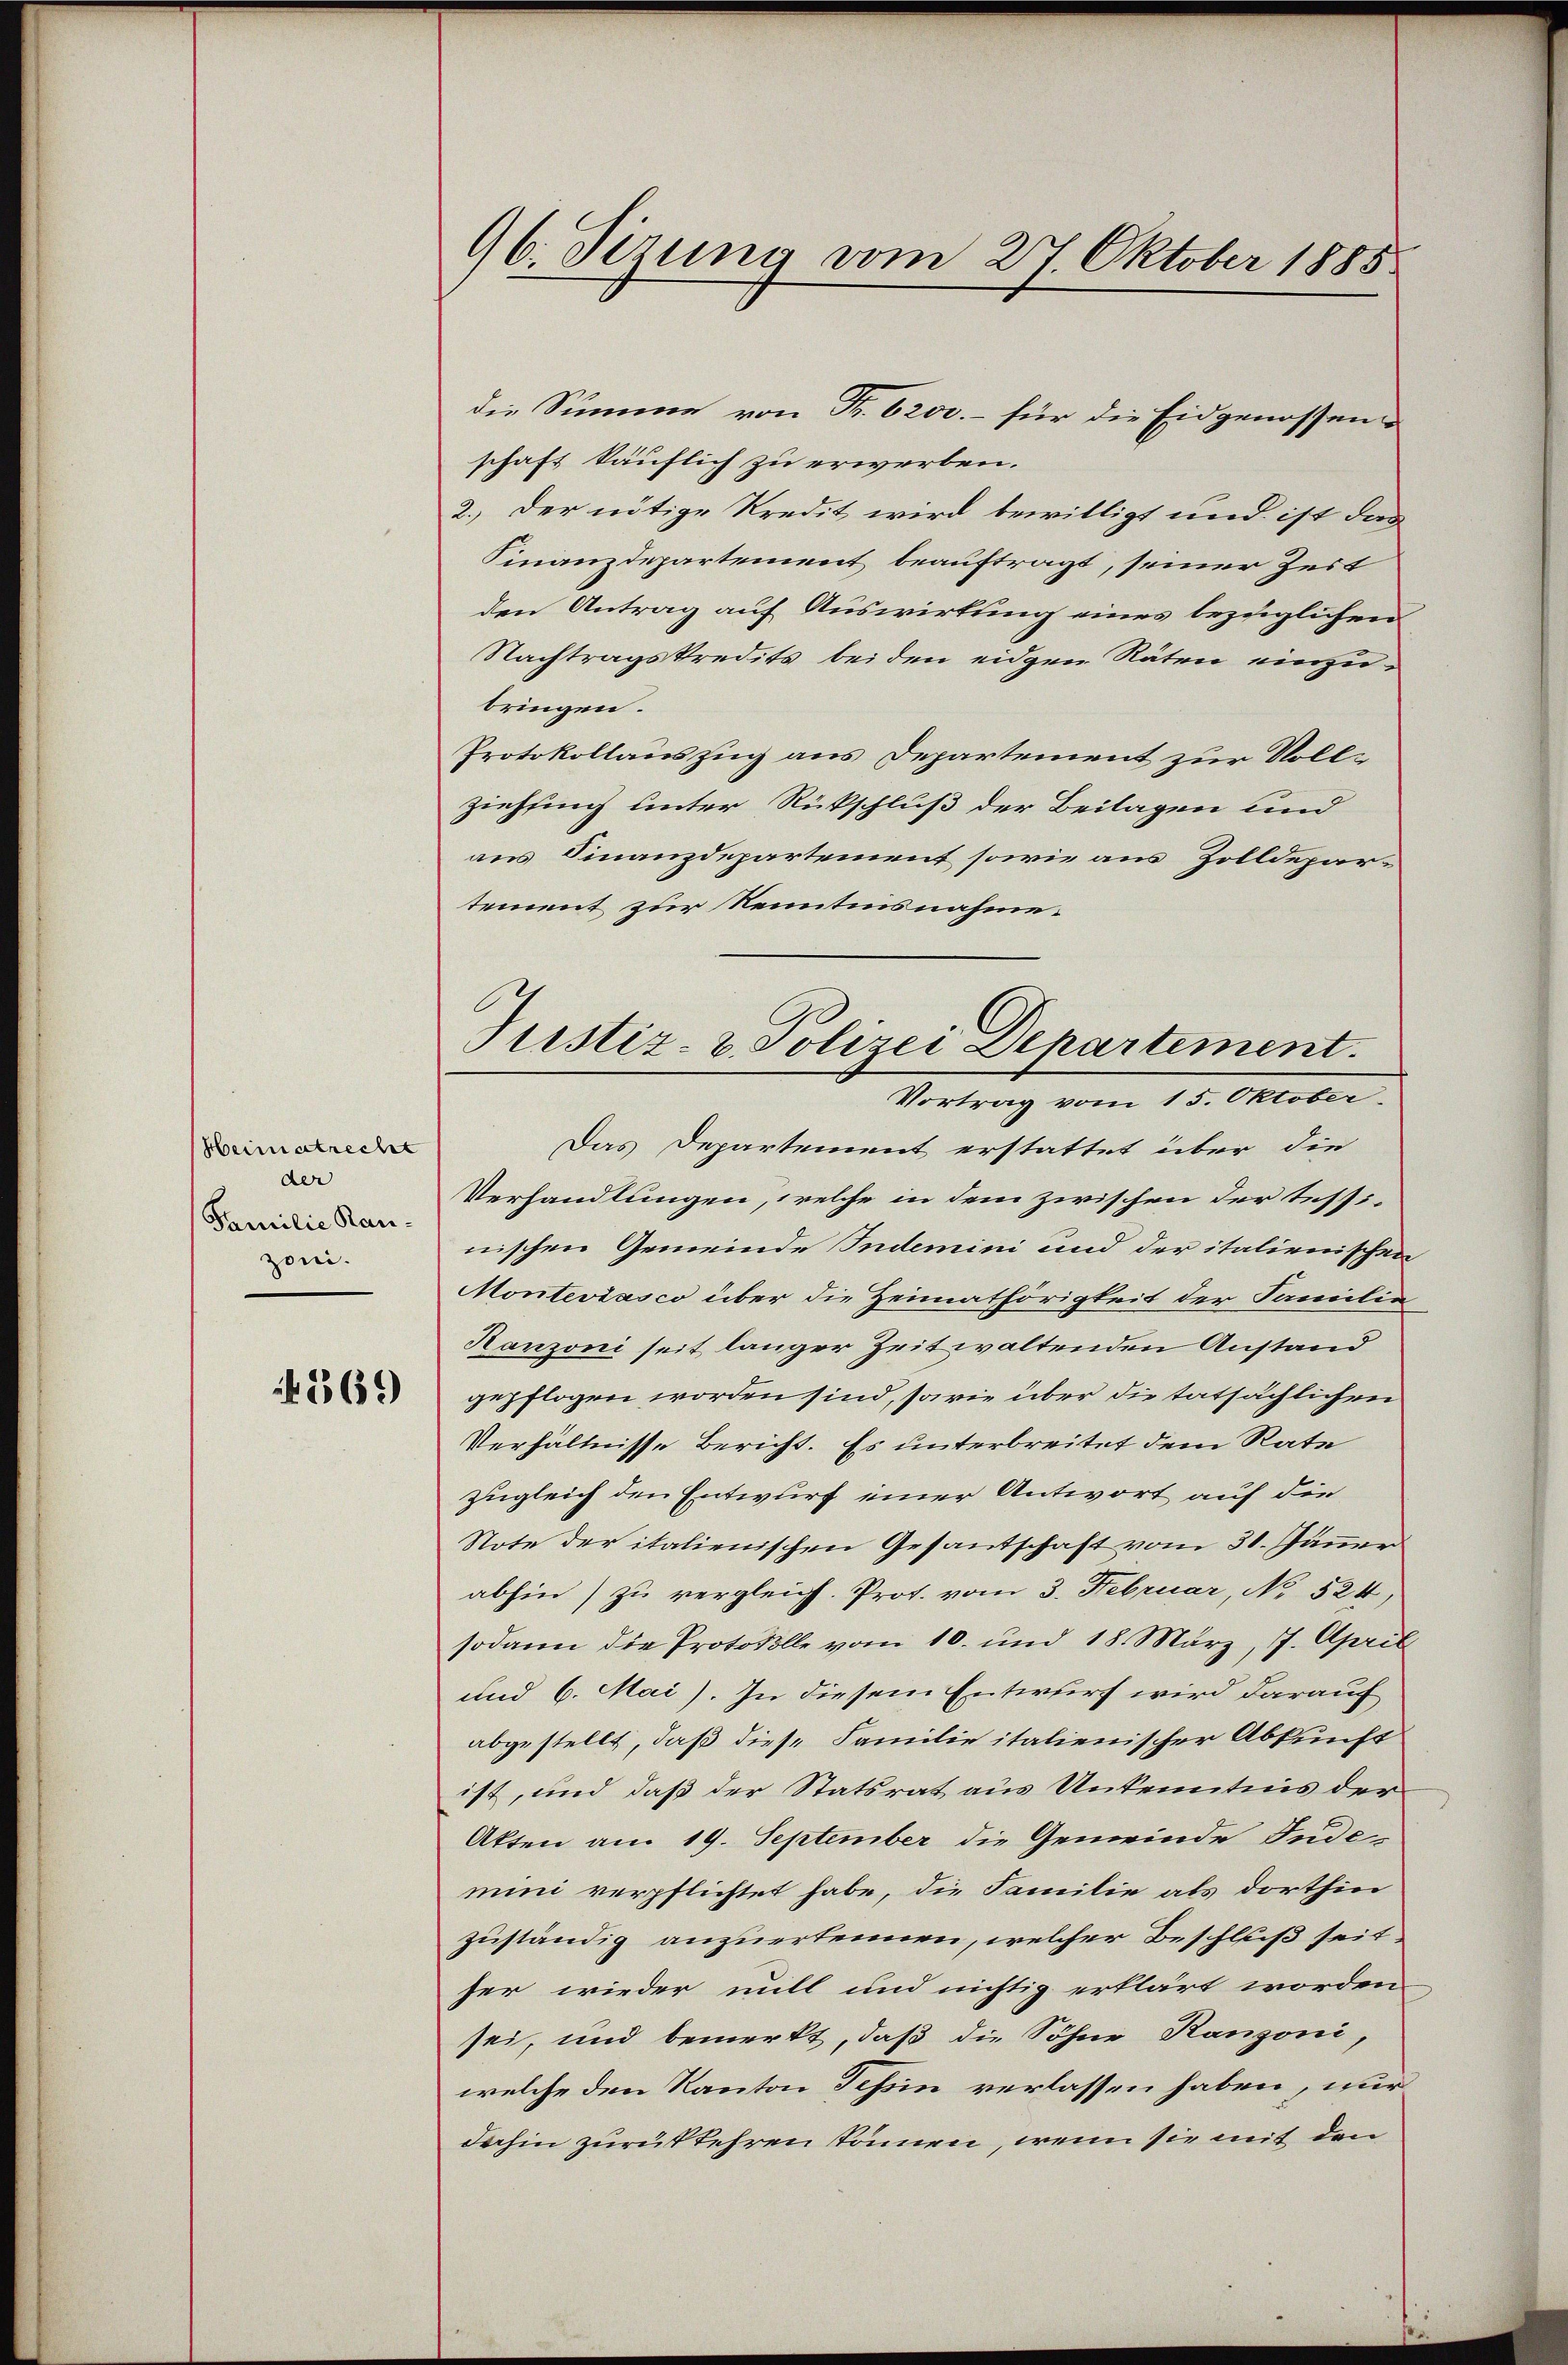
Heimatrecht
der
Familie Rauzoni.

15569

96. Sizung vom 27. Oktober 1885

schaft käuflich zu erwerben.
2.) Der nötige Kredit wird bewilligt und ist das
Finanzdepartement beauftragt, seiner Zeit
den Antrag auf Auswirkung eines bezüglichen
Nachtragskredits bei den eidgen Räten einzubringen.
Protokollauszug aus Departement zur Rollziehung unter Rückschluß der Beilagen und
aus Finanzdepartement sowie aus Zolldepar-
tement zur Kenntnisnahme.
Das Departement erstattet über die
Verhandlungen, welche in dem zwischen der Tessinischen Gemeinde Indemini und der italienischen
Monteviasco über die Heimathörigkeit der Familie
Ranzoni seit langer Zeit waltenden Anstand
gepflogen worden sind, sowie über die tatsächlichen
Verhältnisse Bericht. Es unterbreitet dem Rate
zugleich den Entwurf einer Antwort auf die
Note der italienischen Gesandschaft vom 31. Jänner
abhin) zu vergleich. Prof. vom 3. Februar, No 524,
sodann die Protokolle vom 10. und 18. März, 7. April
und 6. Mai). In diesem Entwurf wird darauf
abgestellt, daß diese Familie italienischer Abkunft
ist, und daß der Statsrat aus Unkenntnis der
Akten am 19. September die Gemeinde Jude-
muni verpflichtet habe, die Familie als dorthin
zuständig anzuerkennen, welcher Beschluß seit
her wieder mill und nichtig erklärt worden
sei, und bemerkt, daß die Söhne Ranzoni,
welche den Kanton Schein verlassen haben, nur
dahin zurükkehren können, wenn sie mit den

die Summe von Fr. 6200.- für die Eidgenossen

Justiz- & Polizei Departement.
Vortrag vom 15. Oktober.